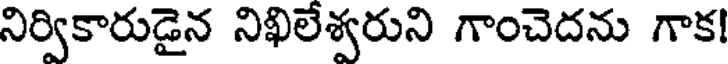
నిర్వికారుడైన నిఖిలేశ్వరుని గాంచెదను గాక!